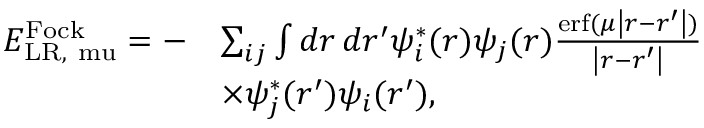
\begin{array} { r l } { E _ { \mathrm { { L R } , \ m u } } ^ { \mathrm { F o c k } } = - } & { \sum _ { i j } \int d \boldsymbol { r } \, d \boldsymbol { r ^ { \prime } } \psi _ { i } ^ { * } ( \boldsymbol { r } ) \psi _ { j } ( \boldsymbol { r } ) \frac { \mathrm { e r f } ( \mu \left| \boldsymbol { r } - \boldsymbol { r ^ { \prime } } \right| ) } { \left| \boldsymbol { r } - \boldsymbol { r ^ { \prime } } \right| } } \\ & { \times \psi _ { j } ^ { * } ( \boldsymbol { r ^ { \prime } } ) \psi _ { i } ( \boldsymbol { r ^ { \prime } } ) , } \end{array}